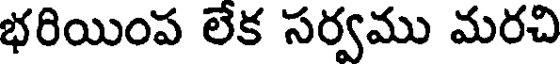
భరియింప లేక సర్వము మరచి